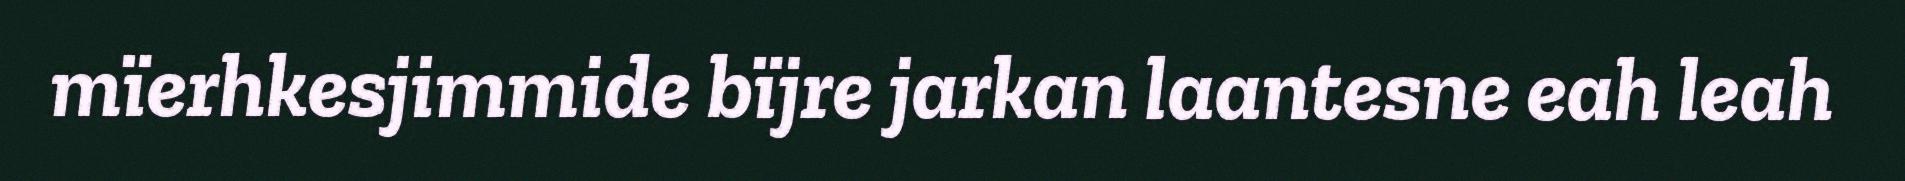
mïerhkesjimmide bïjre jarkan laantesne eah leah